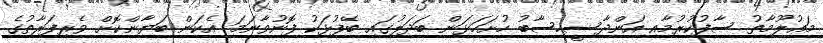
މަޢުލޫމާތު ސާފުކުރުމާއި އަންދާސީހިސާބު ހުށަހަޅަން ބަދަލުގައި ބޭފުޅަކު ފޮނުވާނަމަ އެކަން ބަޔާންކޮށް ވެރިފަރާތުގެ